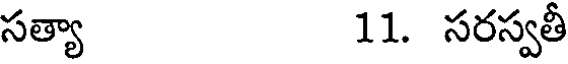
సత్యా 11. సరస్వతీ